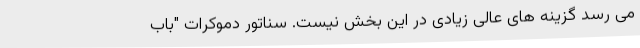
می رسد گزینه های عالی زیادی در این بخش نیست. سناتور دموکرات "باب